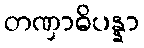
တဏှာဓိပန္နာ